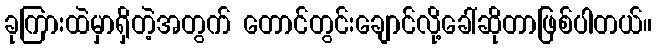
ခုကြားထဲမှာရှိတဲ့အတွက် တောင်တွင်းချောင်လို့ခေါ်ဆိုတာဖြစ်ပါတယ်။